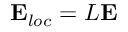
{ \bf E } _ { l o c } = L { \bf E }